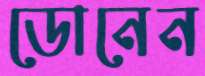
ডোনেন